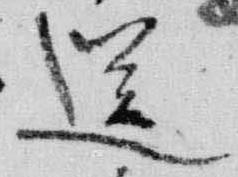
送